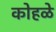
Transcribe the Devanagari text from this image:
कोहळे